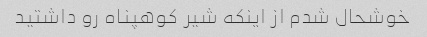
خوشحال شدم از اینکه شیر کوهپناه رو داشتید